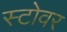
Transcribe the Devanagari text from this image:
स्टोवर